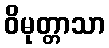
ဝိမုတ္တာသာ